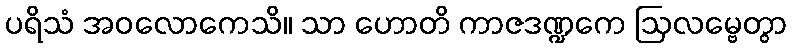
ပရိသံ အဝလောကေသိ။ သာ ဟောတိ ကာဇဒဏ္ဍကေ ဩလမ္ဗေတွာ